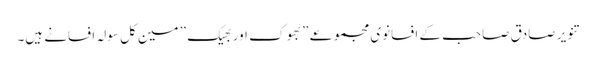
تنویر صادق صاحب کے افسانوی مجموعے ” بھوک اور بھیک ” مین کل سولہ افسانے ہیں۔